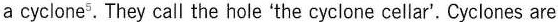
a cyclone^{5}.They call the hole the cyclone cellar”. Cyclones are